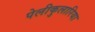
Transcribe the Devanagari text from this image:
पेलीकुलारिया